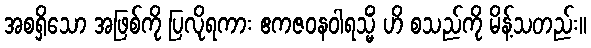
အစရှိသော အဖြစ်ကို ပြလိုရကား ဧကဇဝနဝါရသ္မိံ ဟိ စသည်ကို မိန့်သတည်း။